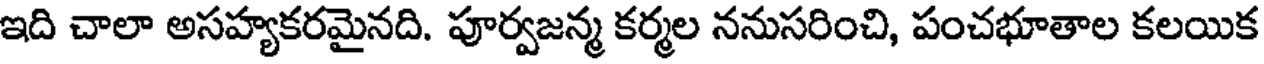
ఇది చాలా అసహ్యకరమైనది. పూర్వజన్మ కర్మల ననుసరించి, పంచభూతాల కలయిక